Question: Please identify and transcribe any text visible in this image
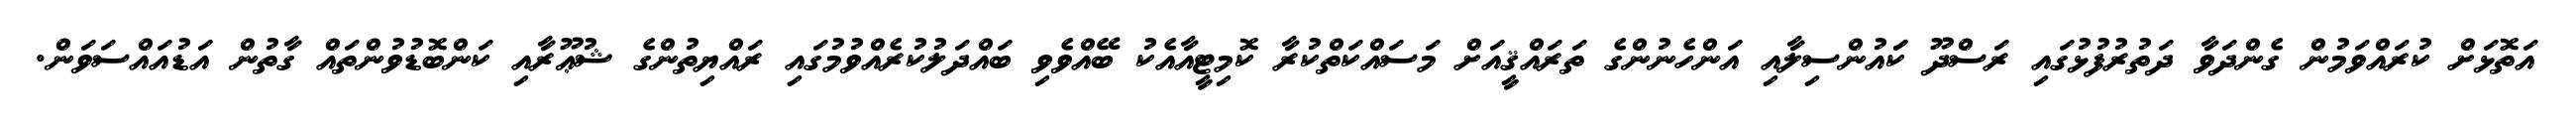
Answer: އަތޮޅަށް ކުރައްވަމުން ގެންދަވާ ދަތުރުފުޅުގައި ރަސްދޫ ކަައުންސިލާއި އަންހެނުންގެ ތަރައްޤީއަށް މަސައްކަތްކުރާ ކޮމިޓީއާއެކު ބޭއްވެވި ބައްދަލުކުރެއްވުމުގައި ރައްޔިތުންގެ ޝުޢޫރާއި ކަންބޮޑުވުންތައް ގާތުން އަޑުއައްސަވަން.